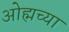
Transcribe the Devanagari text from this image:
ओह्मच्या